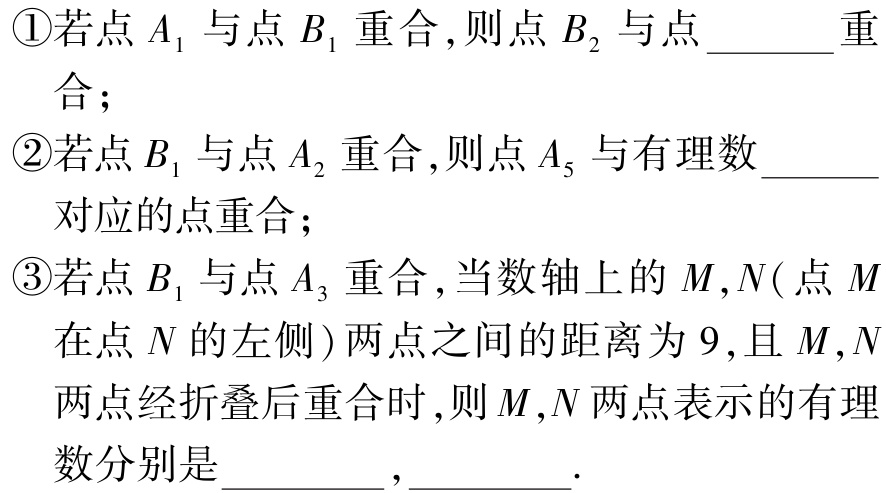
\textcircled{1}若点\(A_{1}\)与点\(B_{1}\)重合，则点\(B_{2}\)与点  重合；

\textcircled{2}若点\(B_{1}\)与点\(A_{2}\)重合，则点\(A_{5}\)与有理数  对应的点重合；

\textcircled{3}若点\(B_{1}\)与点\(A_{3}\)重合，当数轴上的\(M,N(\)点\(M\)在点\(N\)的左侧\()\)两点之间的距离为\(9\)，且\(M,N\)两点经折叠后重合时，则\(M,N\)两点表示的有理数分别是  ，  .